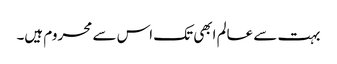
بہت سے عالم ابھی تک اس سے محروم ہیں۔